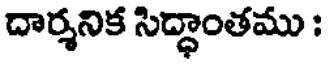
దార్శనిక సిద్ధాంతము :